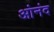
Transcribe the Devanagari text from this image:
आंनंद